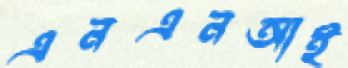
এনএনআই